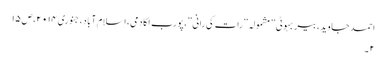
احمد جاوید، بیر بہوٹی ” مشمولہ ”رات کی رانی”،پورب اکادمی،اسلام آباد،جنوری ۰۱۴ ۲،ص ۱۵
۲ ۔